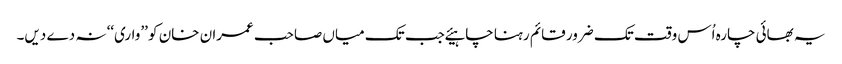
یہ بھائی چارہ اُس وقت تک ضرور قائم رہنا چاہیئے جب تک میاں صاحب عمران خان کو ’’واری‘‘ نہ دے دیں۔